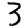
Digit: 3